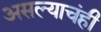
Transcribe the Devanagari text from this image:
असल्याचंही